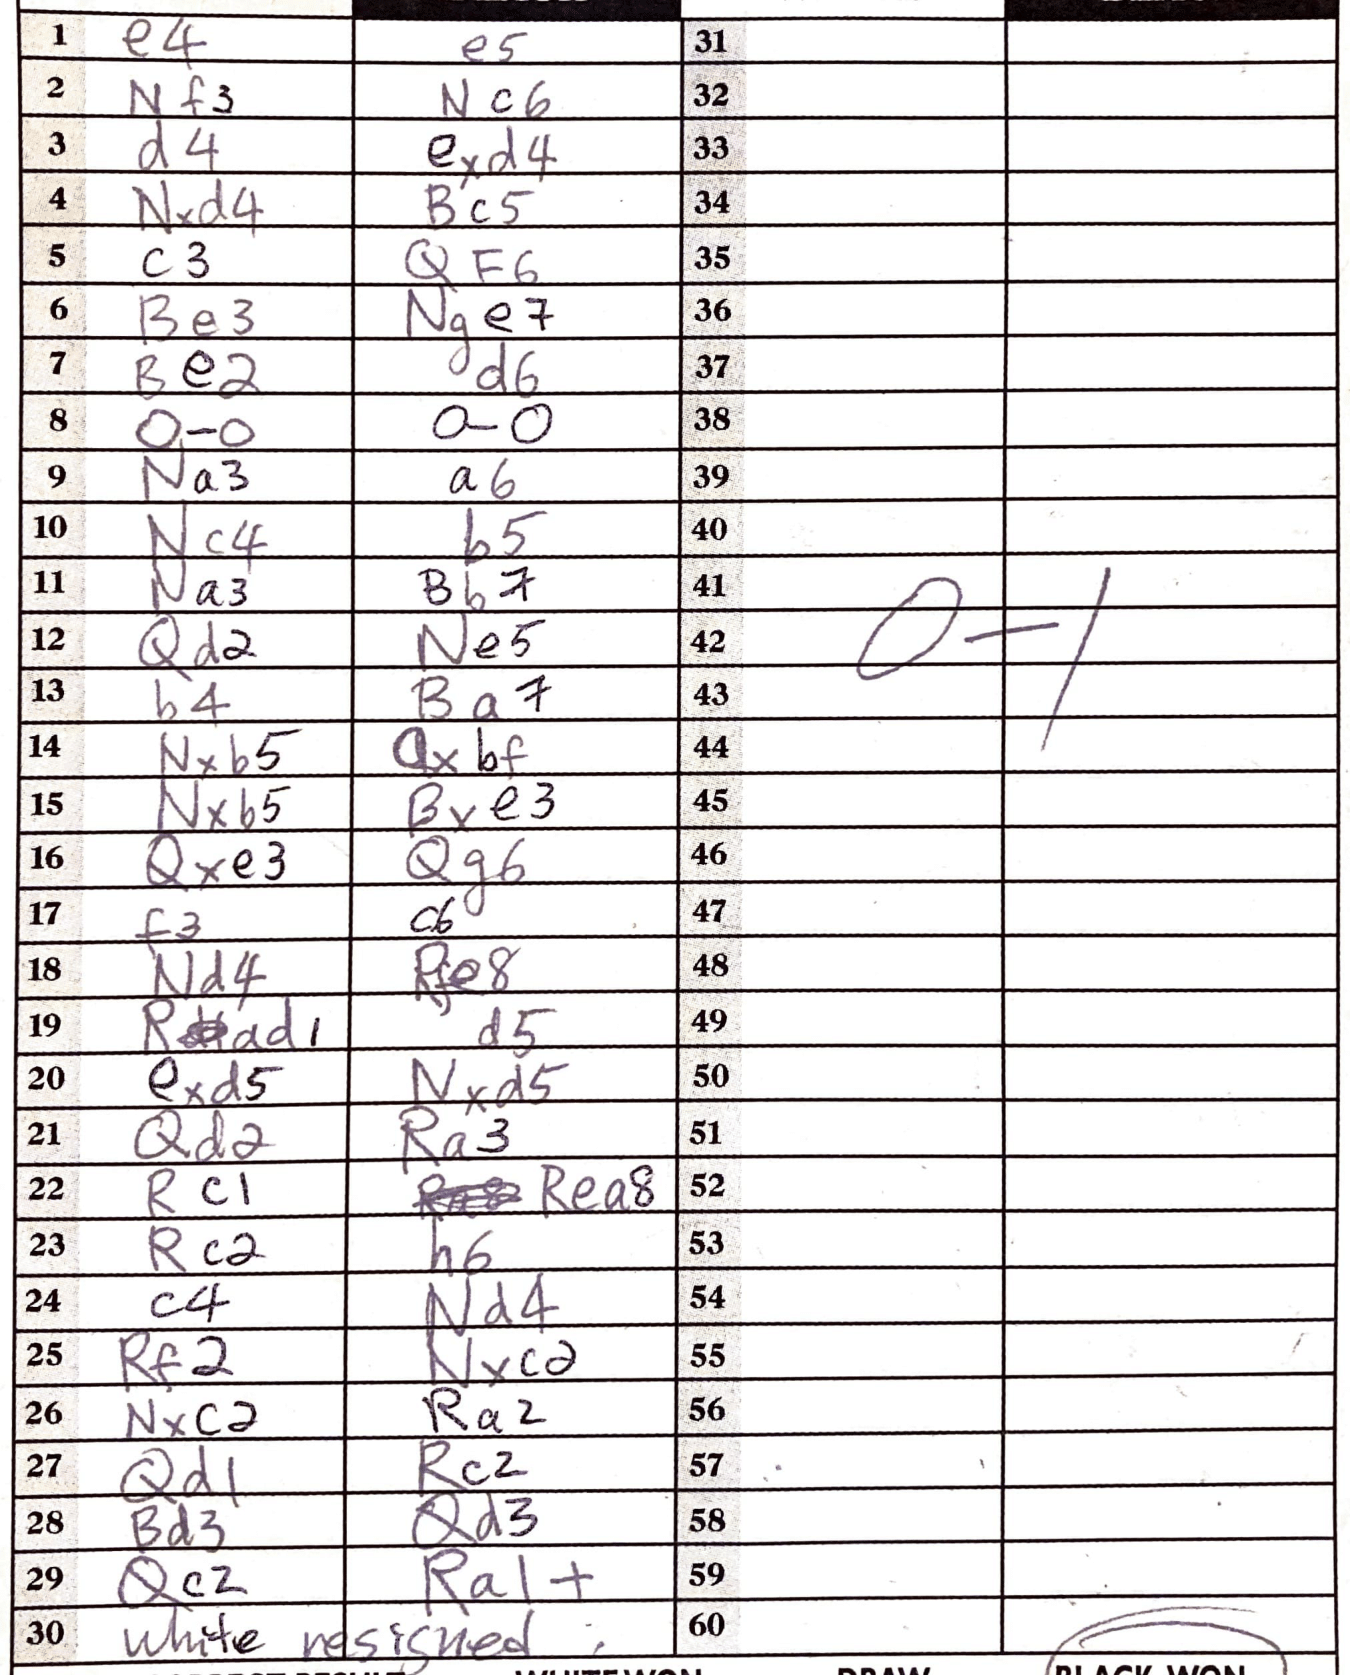
Moves: e4 e5 Nf3 Nc6 d4 exd4 Nxd4 Bc5 c3 Qf6 Be3 Nge7 Be2 d6 O-O O-O Na3 a6 Nc4 b5 Na3 Bb7 Qd2 Ne5 b4 Ba7 Nxb5 Qxbf Nxb5 Bxe3 Qxe3 Qg6 f3 c6 Nd4 Rfe8 Rad1 d5 exd5 Nxd5 Qd2 Ra3 Rc1 Rea8 Rc2 h6 c4 Nd4 Rf2 Nxcd Nxc2 Ra2 Qd1 Rc2 Bd3 Qd3 Qc2 Ra1+